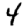
Digit: 4